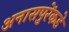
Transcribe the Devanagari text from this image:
अनासपुरेंकडे